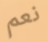
نعم